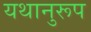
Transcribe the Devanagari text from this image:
यथानुरूप